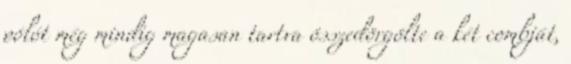
pólót még mindig magasan tartva összedörgölte a két combját,